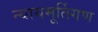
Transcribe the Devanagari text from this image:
न्यायमूर्तिगण